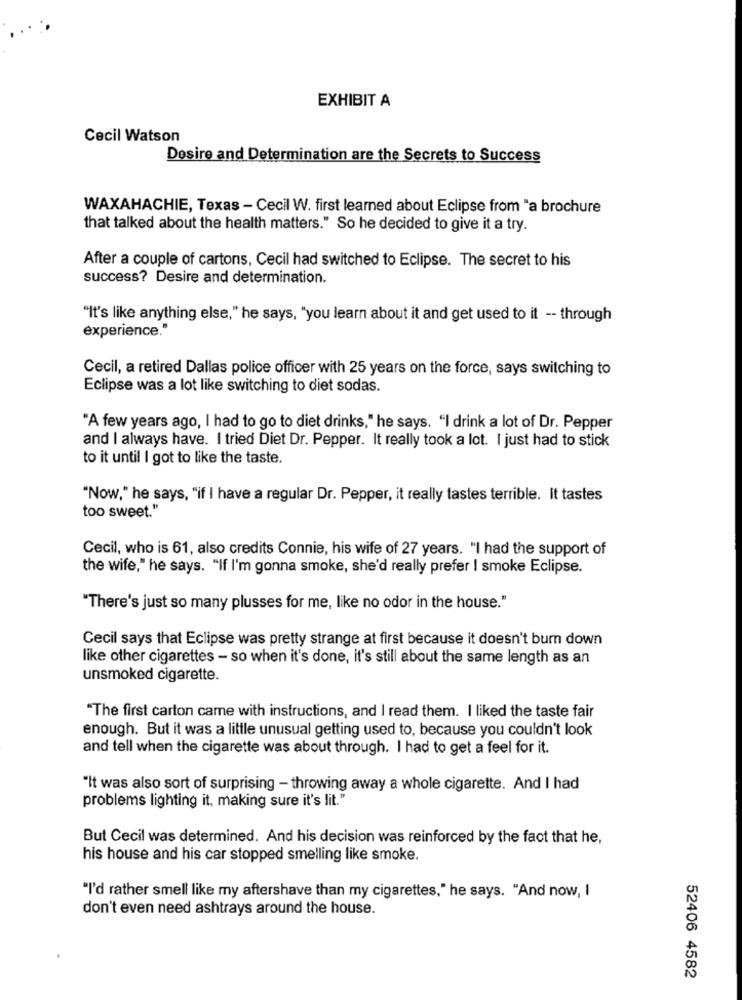
EXHIBIT A
Cecil Watson
Desire and Determination are the Secrets to Success
WAXAHACHIE, Texas - Cecil W. first learned about Eclipse from "a brochure
that talked about the health matters." So he decided to give it a try.
After a couple of cartons, Cecil had switched to Eclipse. The secret to his
success? Desire and determination.
"It's like anything else," he says, "you learn about it and get used to it -- through
experience."
Cecil, a retired Dallas police officer with 25 years on the force, says switching to
Eclipse was a lot like switching to diet sodas.
"A few years ago, I had to go to diet drinks," he says. "I drink a lot of Dr. Pepper
and I always have. I tried Diet Dr. Pepper. It really took a lot. I just had to stick
to it until I got to like the taste.
"Now," he says, "if I have a regular Dr. Pepper, it really tastes terrible. It tastes
too sweet."
Cecil, who is 61, also credits Connie, his wife of 27 years. "I had the support of
the wife," he says. "If I'm gonna smoke, she'd really prefer I smoke Eclipse.
"There's just so many plusses for me, like no odor in the house."
Cecil says that Eclipse was pretty strange at first because it doesn't burn down
like other cigarettes - so when it's done, it's still about the same length as an
unsmoked cigarette.
"The first carton came with instructions, and I read them. I liked the taste fair
enough. But it was a little unusual getting used to, because you couldn't look
and tell when the cigarette was about through. I had to get a feel for it.
"It was also sort of surprising - throwing away a whole cigarette. And I had
problems lighting it, making sure it's lit."
But Cecil was determined. And his decision was reinforced by the fact that he,
his house and his car stopped smelling like smoke.
"I'd rather smell like my aftershave than my cigarettes," he says. "And now, I
don't even need ashtrays around the house.
52406 4582